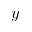
y